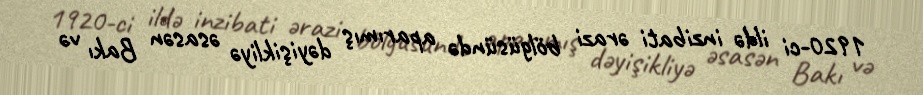
1920-ci ildə inzibati ərazi bölgüsündə aparımış dəyişikliyə əsasən Bakı və